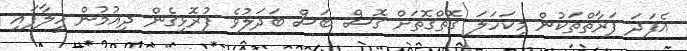
އެފަދަ ފަރާތްތަކުން މިކަހަލަ ގޮތްގޮތަށް ގޮސް ބަސް ބަދަލުވެ ފުރޮޅިގެން ދިއުމުން ހީލާފައި